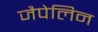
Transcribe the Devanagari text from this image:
जैपेलिन